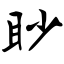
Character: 眇